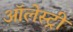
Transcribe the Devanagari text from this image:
ऑलेस्ट्री